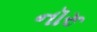
નૉરૂ